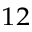
^ { 1 2 }